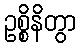
ဥစ္စိနိတွာ